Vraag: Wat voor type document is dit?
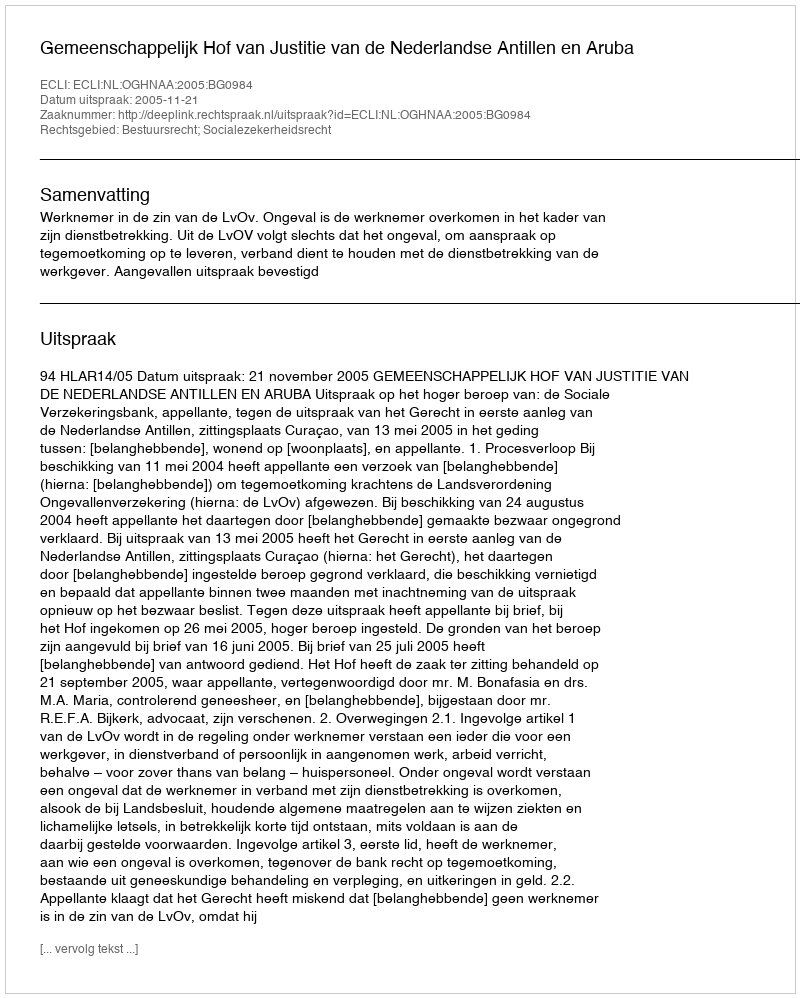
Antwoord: Uitspraak